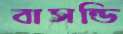
বাসন্ডি